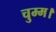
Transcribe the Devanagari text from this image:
चुम्म।